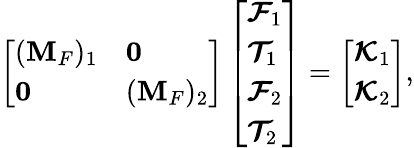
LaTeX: \left[\begin{array}{ll}{(\mathbf{M}_{F})_{1}}&{\mathbf{0}}\\ {\mathbf{0}}&{(\mathbf{M}_{F})_{2}}\end{array}\right]\left[\begin{array}{l}{\boldsymbol{\mathcal{F}}_{1}}\\ {\boldsymbol{\mathcal{T}}_{1}}\\ {\boldsymbol{\mathcal{F}}_{2}}\\ {\boldsymbol{\mathcal{T}}_{2}}\end{array}\right]=\left[\begin{array}{l}{\boldsymbol{\mathcal{K}}_{1}}\\ {\boldsymbol{\mathcal{K}}_{2}}\end{array}\right],